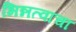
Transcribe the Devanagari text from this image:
भिन्नत्वाचा